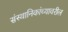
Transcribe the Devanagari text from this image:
संस्थानिकांच्यावरील